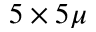
5 \times 5 \mu